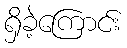
ရှိခဲ့ကြောင်း